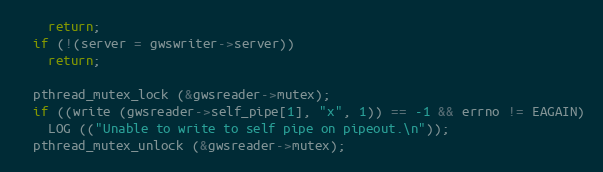
Language: C
    return;
  if (!(server = gwswriter->server))
    return;

  pthread_mutex_lock (&gwsreader->mutex);
  if ((write (gwsreader->self_pipe[1], "x", 1)) == -1 && errno != EAGAIN)
    LOG (("Unable to write to self pipe on pipeout.\n"));
  pthread_mutex_unlock (&gwsreader->mutex);